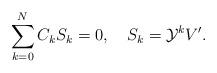
LaTeX: \begin{align*}\sum_{k=0}^{N}C_kS_k=0,\quad S_k={\cal Y}^kV'.\end{align*}